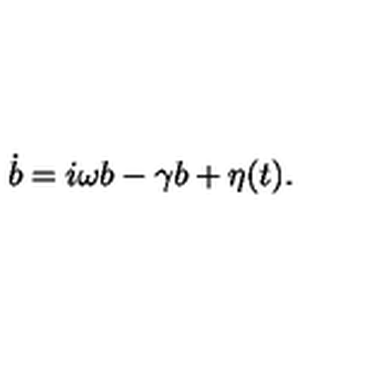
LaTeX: \dot { b } = i \omega b - \gamma b + \eta ( t ) .